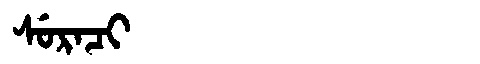
Manchu: ᠰᡠᡵᠠᠴᡳ
Romanization: SURACI